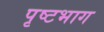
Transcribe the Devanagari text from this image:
पृष्टभाग